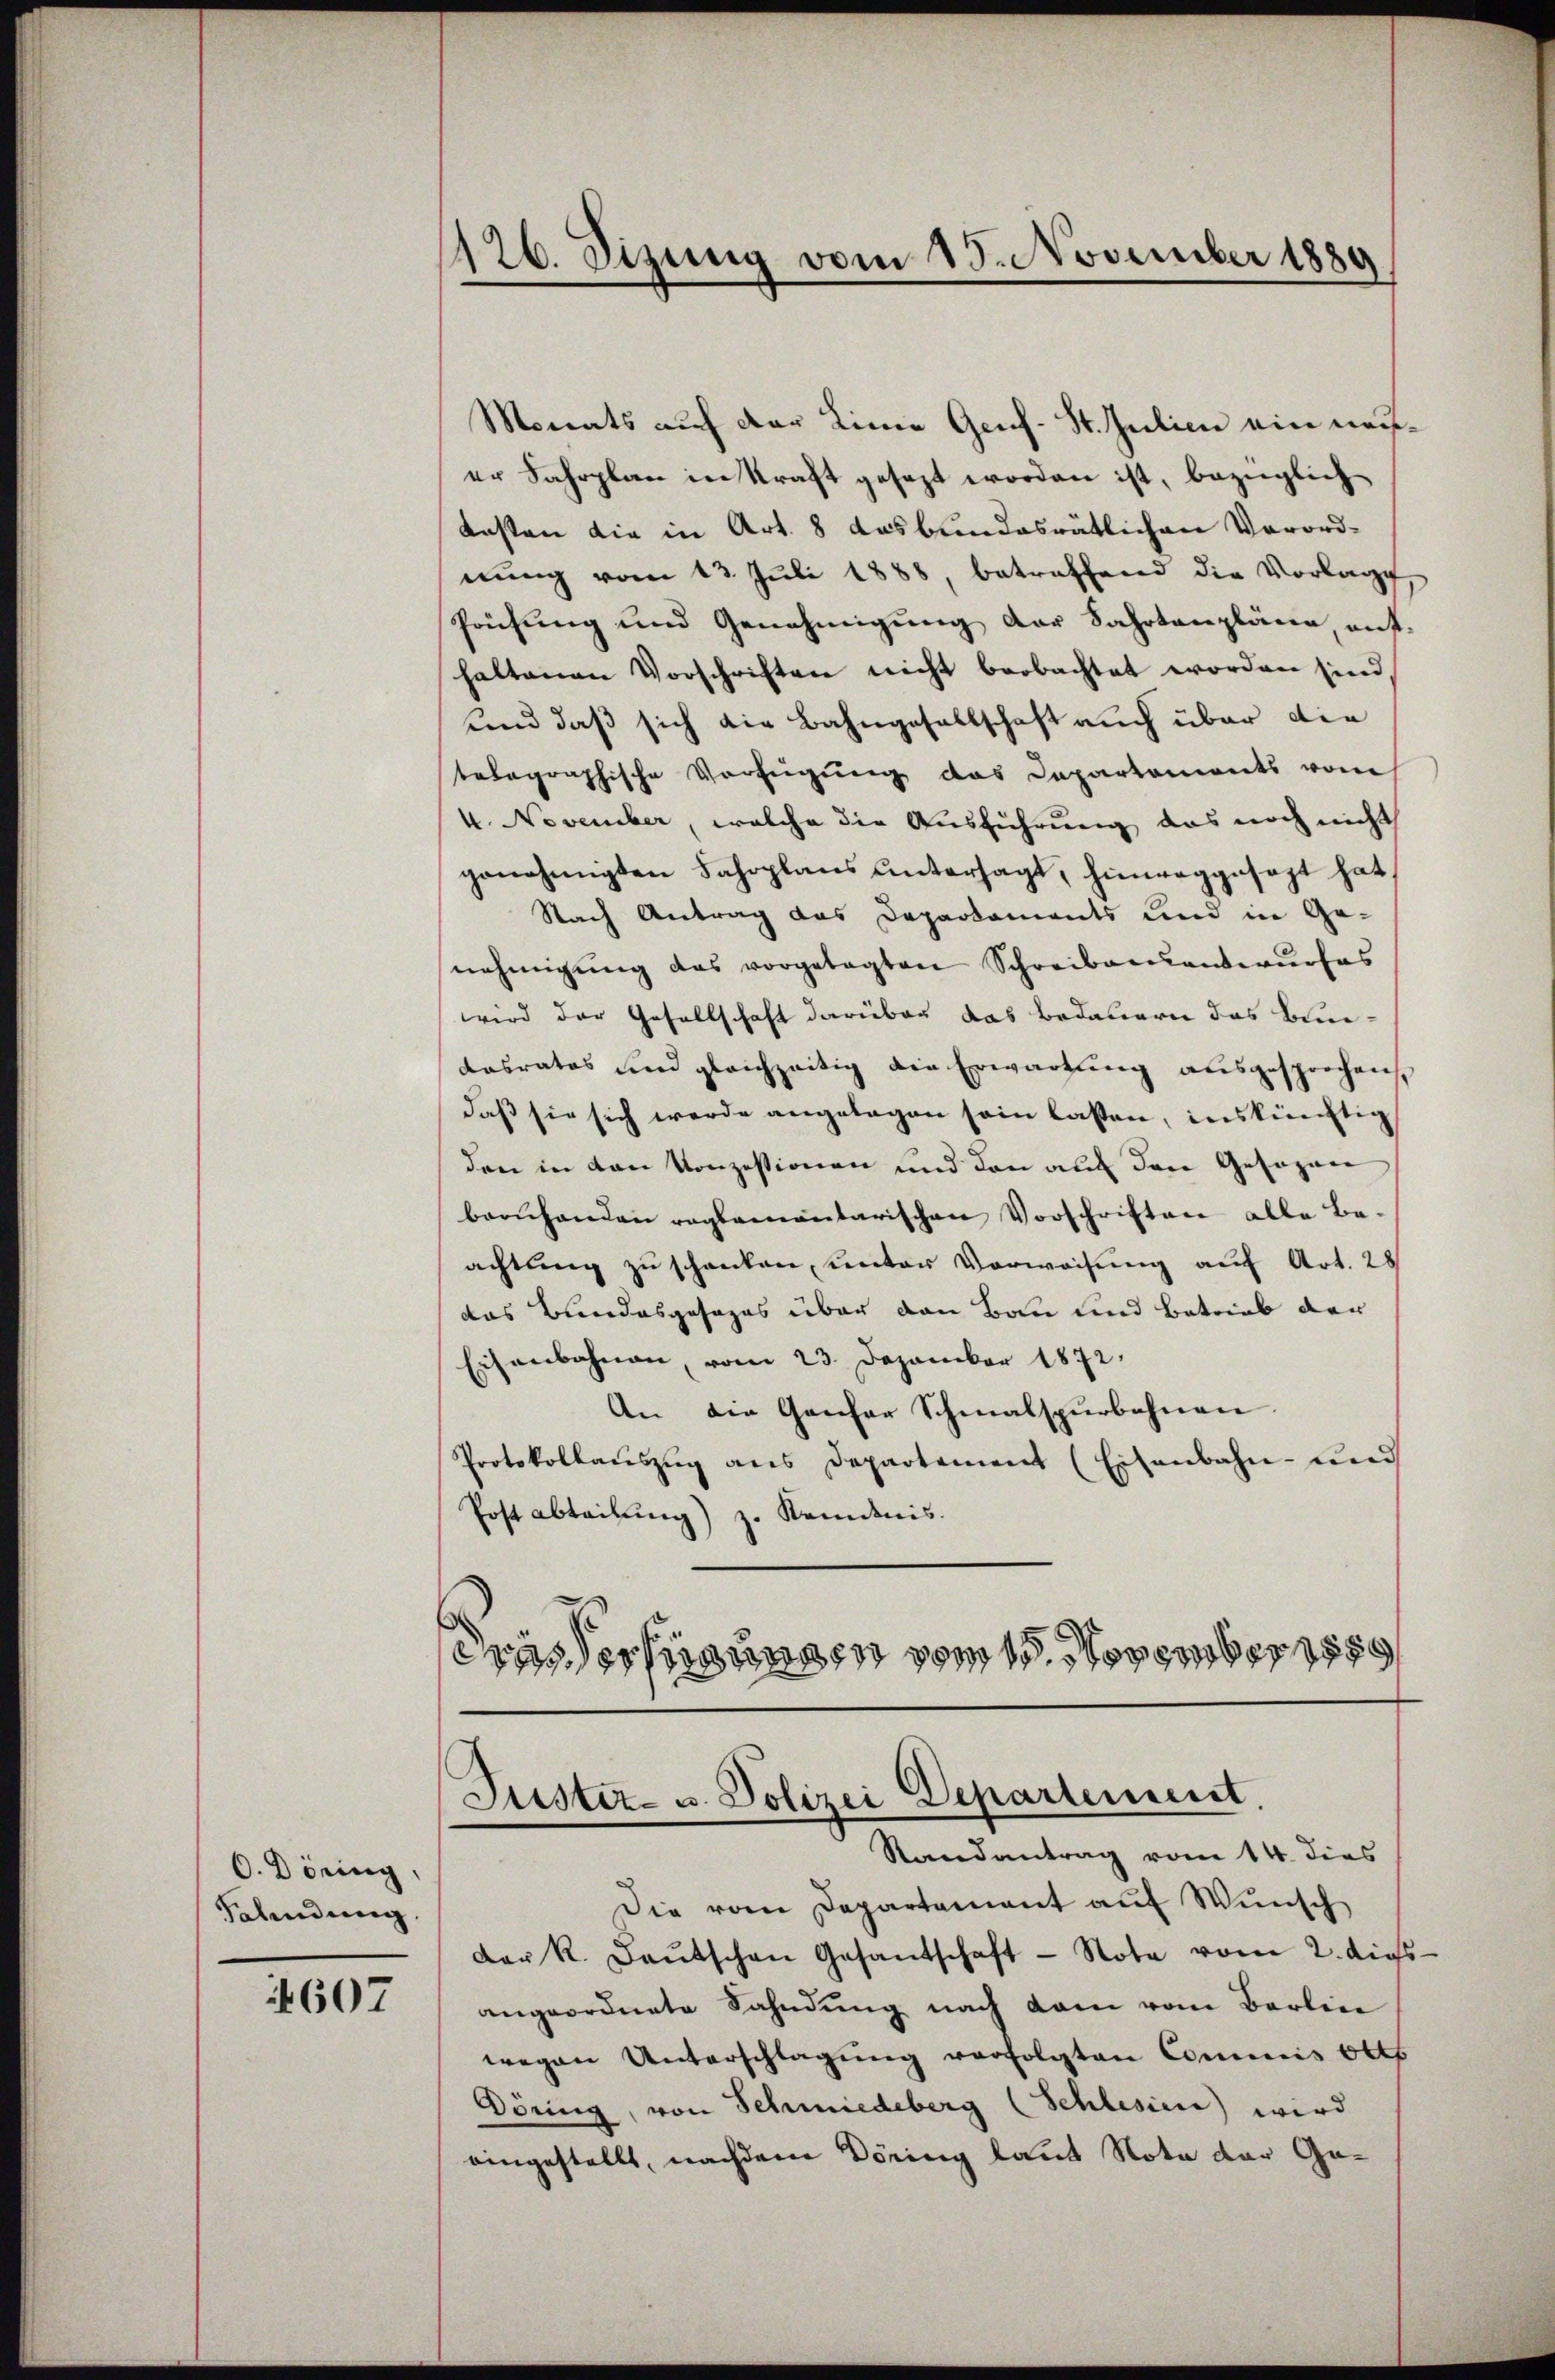
O. Dörng,
Fahndung

607

126. Sizung vom 15. November 1889

Monats auf der Linie Genf. St. Julien ein nacher Fahrplan in Kraft gesezt worden ist, bezüglich
Kasten die in Art. 8 das bundesrätlichen Verordnŭng vom 13. Juli 1888, betreffend die Vorlage,
Prüfung und Genehmigŭng der Fahrtenpläne, auf-
haltenen Vorschriften nicht beobachtet worden sind
und daß sich die Bahngesellschaft auch über die
telographische Verfügŭng das Departements vom
4. November, welche die Ausführung das noch nicht
genehmigten Fahrplans ŭntersagt, hinweggesagt hat,
Nach Antrag das Departaments und in Ge-
nehmigŭng das vorgetagten Schreibaeantwurfes
wird der Gesellschaft darüber das Bedauern das Bene¬
Kasratos und gleichzeitig die Erwartung ausgesprochen
daß sie sich werde angelegen sein lassen, inskünftig
den in den Konzessionen und den auf den Gesagen
berhanden reglementarischen Vorschriften alle Be-
achtŭng zŭ schenken, ŭnter Verweisŭng auf Art. 28
das Bundesgesages über den Bau und Betrieb der
Eisenbahnen, vom 23. Dezember 1872.
An die Genfer Schmalspurbahnen.
Protokollaŭszŭg ans Departement (Eisenbahn- und
Post abteilung) z. Seidnis.
Trasserfügungen vom 15. November 1889

Justiz- u. Polizei Departement,
Randantrag vom 14. dies

Die vom Departement auf Wunsch
der R. Baŭtschen Gesantschaft - Note vom 2. dies
angeordnete Fahndŭng nach dem vom Berlin
wegen Unterschlagung verfolgten Commis Ott
Döning, von Schmiedeberg (Schlesien) wird
eingestellt, nachdem Döring laut Nota der Ge¬